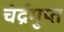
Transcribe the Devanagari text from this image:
चंर्द्रगुप्त